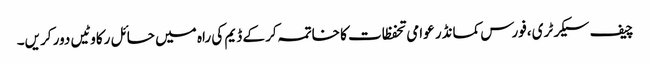
چیف سیکرٹری ،فورس کمانڈر عوامی تحفظات کا خاتمہ کر کے ڈیم کی راہ میں حائل رکاوٹیں دور کریں۔